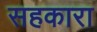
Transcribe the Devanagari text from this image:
सहकारा